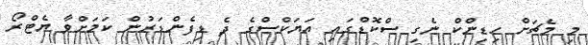
މި މެޗަށް ހިޑިންކް ނެގި ސްކޮޑްގައި އަޔަކްސްގެ ދެ ޑިފެންޑަރުން ކަމަށްވާ ޔެޓްރޯ